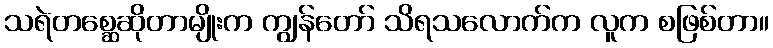
သရဲတစ္ဆေဆိုတာမျိုးက ကျွန်တော် သိရသလောက်က လူက စဖြစ်တာ။